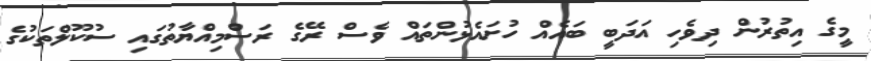
މީގެ އިތުރުން ދިވެހި އަދަބީ ބައެއް ހުށައެޅުންތައް ވެސް ރޭގެ ރަސްމިއްޔާތުގައި ސުކޫލްތަކުގެ